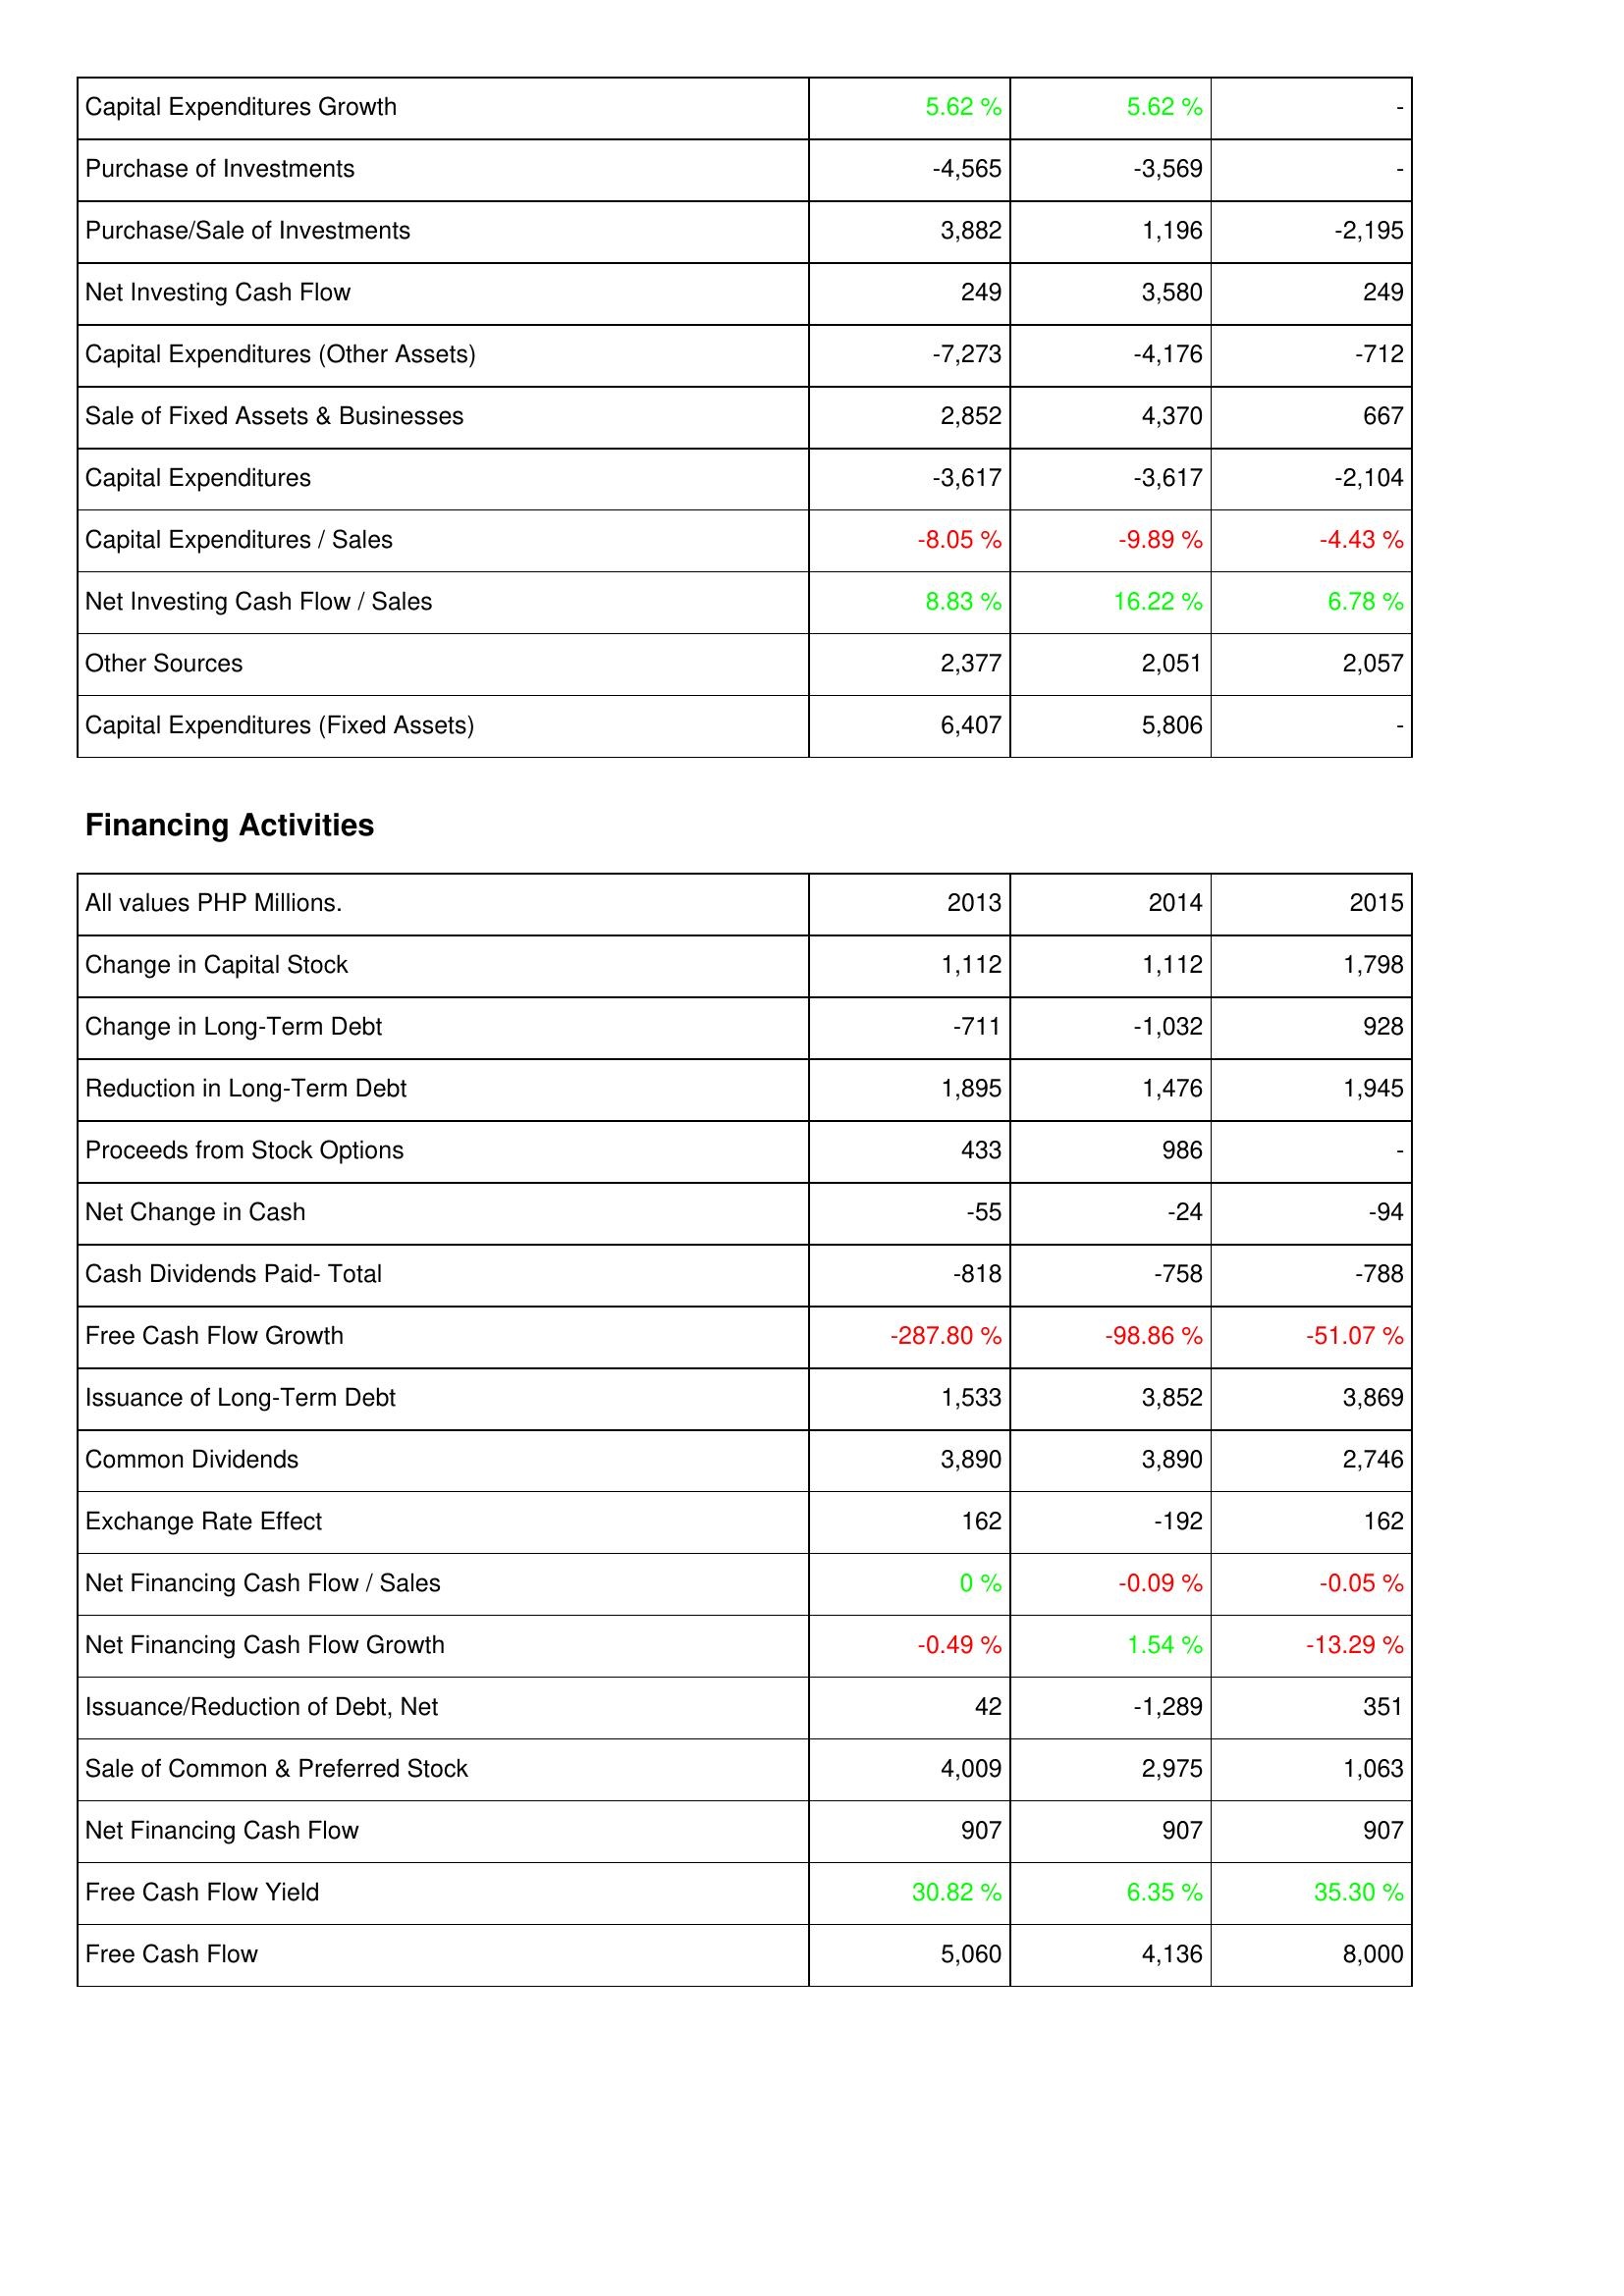
2013: Investing Activities: Capital Expenditures Growth: 5.62 %
Purchase of Investments: -4,565
Purchase/Sale of Investments: 3,882
Net Investing Cash Flow: 249
Capital Expenditures (Other Assets): -7,273
Sale of Fixed Assets & Businesses: 2,852
Capital Expenditures: -3,617
Capital Expenditures / Sales: -8.05 %
Net Investing Cash Flow / Sales: 8.83 %
Other Sources: 2,377
Capital Expenditures (Fixed Assets): 6,407
Financing Activities: Change in Capital Stock: 1,112
Change in Long-Term Debt: -711
Reduction in Long-Term Debt: 1,895
Proceeds from Stock Options: 433
Net Change in Cash: -55
Cash Dividends Paid- Total: -818
Free Cash Flow Growth: -287.80 %
Issuance of Long-Term Debt: 1,533
Common Dividends: 3,890
Exchange Rate Effect: 162
Net Financing Cash Flow / Sales: 0 %
Net Financing Cash Flow Growth: -0.49 %
Issuance/Reduction of Debt, Net: 42
Sale of Common & Preferred Stock: 4,009
Net Financing Cash Flow: 907
Free Cash Flow Yield: 30.82 %
Free Cash Flow: 5,060
2014: Investing Activities: Capital Expenditures Growth: 5.62 %
Purchase of Investments: -3,569
Purchase/Sale of Investments: 1,196
Net Investing Cash Flow: 3,580
Capital Expenditures (Other Assets): -4,176
Sale of Fixed Assets & Businesses: 4,370
Capital Expenditures: -3,617
Capital Expenditures / Sales: -9.89 %
Net Investing Cash Flow / Sales: 16.22 %
Other Sources: 2,051
Capital Expenditures (Fixed Assets): 5,806
Financing Activities: Change in Capital Stock: 1,112
Change in Long-Term Debt: -1,032
Reduction in Long-Term Debt: 1,476
Proceeds from Stock Options: 986
Net Change in Cash: -24
Cash Dividends Paid- Total: -758
Free Cash Flow Growth: -98.86 %
Issuance of Long-Term Debt: 3,852
Common Dividends: 3,890
Exchange Rate Effect: -192
Net Financing Cash Flow / Sales: -0.09 %
Net Financing Cash Flow Growth: 1.54 %
Issuance/Reduction of Debt, Net: -1,289
Sale of Common & Preferred Stock: 2,975
Net Financing Cash Flow: 907
Free Cash Flow Yield: 6.35 %
Free Cash Flow: 4,136
2015: Investing Activities: Capital Expenditures Growth: -
Purchase of Investments: -
Purchase/Sale of Investments: -2,195
Net Investing Cash Flow: 249
Capital Expenditures (Other Assets): -712
Sale of Fixed Assets & Businesses: 667
Capital Expenditures: -2,104
Capital Expenditures / Sales: -4.43 %
Net Investing Cash Flow / Sales: 6.78 %
Other Sources: 2,057
Capital Expenditures (Fixed Assets): -
Financing Activities: Change in Capital Stock: 1,798
Change in Long-Term Debt: 928
Reduction in Long-Term Debt: 1,945
Proceeds from Stock Options: -
Net Change in Cash: -94
Cash Dividends Paid- Total: -788
Free Cash Flow Growth: -51.07 %
Issuance of Long-Term Debt: 3,869
Common Dividends: 2,746
Exchange Rate Effect: 162
Net Financing Cash Flow / Sales: -0.05 %
Net Financing Cash Flow Growth: -13.29 %
Issuance/Reduction of Debt, Net: 351
Sale of Common & Preferred Stock: 1,063
Net Financing Cash Flow: 907
Free Cash Flow Yield: 35.30 %
Free Cash Flow: 8,000